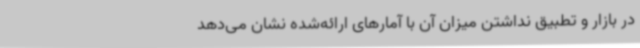
در بازار و تطبیق نداشتن میزان آن با آمارهای ارائه‌شده نشان می‌دهد